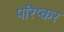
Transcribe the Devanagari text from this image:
परिष्कर